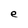
Character: e